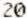
20